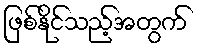
ဖြစ်နိုင်သည့်အတွက်